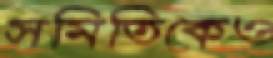
সমিতিকেও